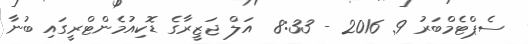
ސެޕްޓެމްބަރު 9